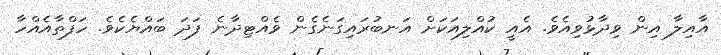
އާއިލާ އިން ވިދާޅުވިއެވެ. އެއީ ކުއްލިއަކަށް އަނބުރައިގަނެގެން ވެއްޓިދާނެ ފަދަ ބައްޔެކެވެ. ހަފްތާއެއްހާ